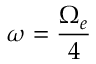
\omega = \frac { \Omega _ { e } } { 4 }